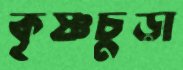
কৃষ্ণচুড়া